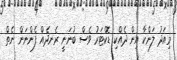
މިއަދު ލަންކާ އިން ދެއްކި ޑޮކްޓަރު ވެސް ބުނަނީ ރެނދެއް ފެންނަން ނެތް